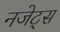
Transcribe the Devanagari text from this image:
नजेट्स